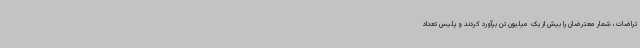
تراضات، شمار معترضان را بیش از یک میلیون تن برآورد کردند و پلیس تعداد